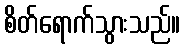
စိတ်ရောက်သွားသည်။